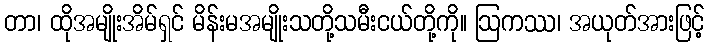
တာ၊ ထိုအမျိုးအိမ်ရှင် မိန်းမအမျိုးသတို့သမီးငယ်တို့ကို။ ဩကဿ၊ အယုတ်အားဖြင့်